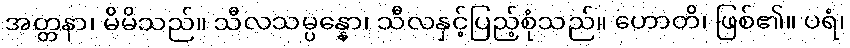
အတ္တနာ၊ မိမိသည်။ သီလသမ္ပန္နော၊ သီလနှင့်ပြည့်စုံသည်။ ဟောတိ၊ ဖြစ်၏။ ပရံ၊